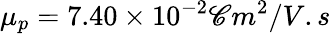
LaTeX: \mu_{p}=7.40\times10^{-2}\mathscr{C}m^{2}/V.s